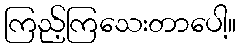
ကြည့်ကြသေးတာပေါ့။